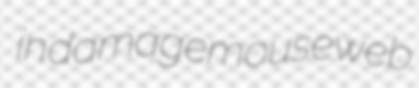
indamage mouseweb